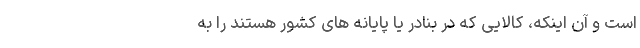
است و آن اینکه، کالایی که در بنادر یا پایانه های کشور هستند را به